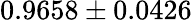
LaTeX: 0.9658\pm 0.0426